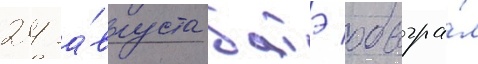
24 а́вгуста батэ обыгра́л